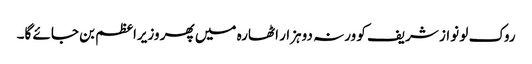
روک لو نواز شریف کو ورنہ دوہزار اٹھارہ میں پھر وزیراعظم بن جائے گا۔